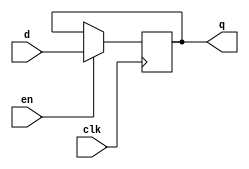
module gated_d_latch_ff(
    input wire clk,    // Clock input
    input wire en,     // Enable input
    input wire d,      // Data input
    output reg q       // Output Q
);

always @(posedge clk) begin
    if(en) begin
        q <= d;
    end
end

endmodule